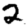
Digit: 2